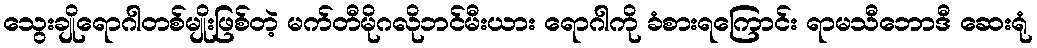
သွေးချိုရောဂါတစ်မျိုးဖြစ်တဲ့ မက်တီမိုဂလိုဘင်မီးယား ရောဂါကို ခံစားရကြောင်း ရာမသီဘောဒီ ဆေးရုံ